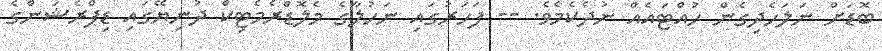
ބޮޑަށް ނަލަހެދިގެން ހުއްޓައެއް ނުދެކެމެވެ. -- ފަހަރުގައި ނަހުލާގެ މެލޮޑްރެމެޓިކް ދުނިޔޭގައި ޑިޕްރެޝަންގެ